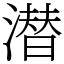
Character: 潜